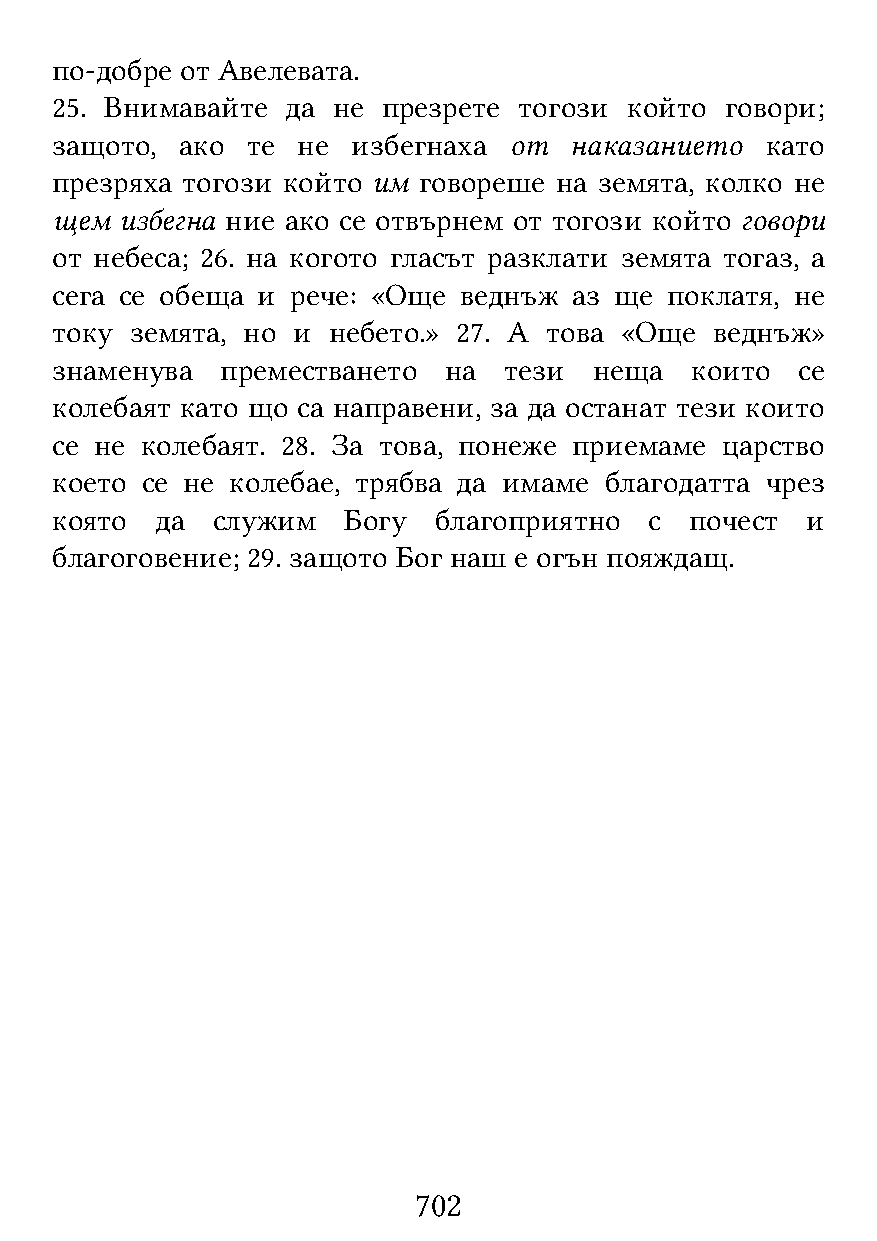
по-добре от Авелевата.
 25. Внимавайте  да не презрете тогози  който говори;
 защото,  ако те  не избегнаха  от  наказанието  като
 презряха тогози който им говореше на земята, колко не
 щем  избегна ние ако се отвърнем от тогози който говори
 от небеса; 26. на когото гласът разклати земята тогаз, а
 сега се обеща и рече: «Още веднъж  аз ще поклатя, не
 току  земята, но и небето.» 27. А това «Още веднъж»
 знаменува   преместването на  тези  неща   които  се
 колебаят като що са направени, за да останат тези които
 се не колебаят. 28. За това, понеже приемаме царство
 което се не колебае, трябва да имаме благодатта чрез
 която  да  служим   Богу  благоприятно  с  почест и
 благоговение; 29. защото Бог наш е огън пояждащ.
 702